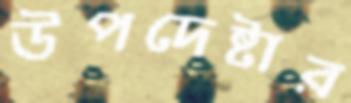
উপদেষ্টার